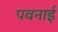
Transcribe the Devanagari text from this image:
पवनाई